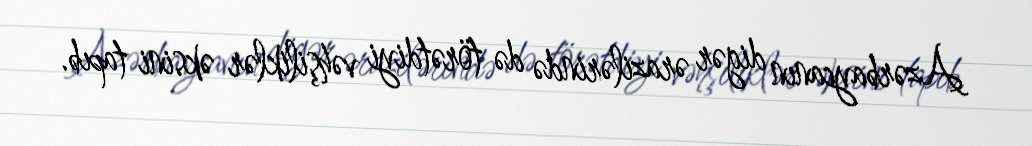
Azərbaycanın digər ərazilərində də törətdiyi vəhşiliklər əksini tapıb.